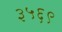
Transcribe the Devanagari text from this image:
३५६९